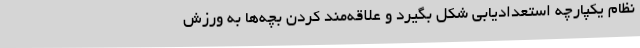
نظام یکپارچه استعدادیابی شکل بگیرد و علاقه‌مند کردن بچه‌ها به ورزش